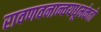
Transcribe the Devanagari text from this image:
रावणवनान्वयधूमकेतो